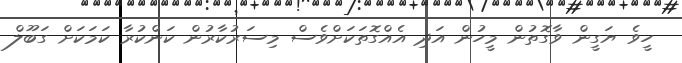
ހީވެ ޔަގީން ވާގޮތުން މީހުން އަދި އެއްގޮތަކަށްވެސް މިސަރުކާރުން ކަންކުރާ ކަމަކަށް ގަބޫލް